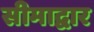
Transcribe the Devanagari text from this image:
सीमाद्वार